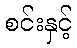
စင်းနှင့်